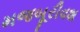
મજબૂરીવશ